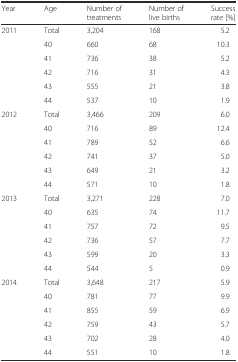
<table><thead><tr><td><b>Year</b></td><td><b>Age</b></td><td><b>Number of treatments</b></td><td><b>Number of live births</b></td><td><b>Success rate [%]</b></td></tr></thead><tbody><tr><td rowspan="6">2011</td><td>Total</td><td>3,204</td><td>168</td><td>5.2</td></tr><tr><td>40</td><td>660</td><td>68</td><td>10.3</td></tr><tr><td>41</td><td>736</td><td>38</td><td>5.2</td></tr><tr><td>42</td><td>716</td><td>31</td><td>4.3</td></tr><tr><td>43</td><td>555</td><td>21</td><td>3.8</td></tr><tr><td>44</td><td>537</td><td>10</td><td>1.9</td></tr><tr><td rowspan="6">2012</td><td>Total</td><td>3,466</td><td>209</td><td>6.0</td></tr><tr><td>40</td><td>716</td><td>89</td><td>12.4</td></tr><tr><td>41</td><td>789</td><td>52</td><td>6.6</td></tr><tr><td>42</td><td>741</td><td>37</td><td>5.0</td></tr><tr><td>43</td><td>649</td><td>21</td><td>3.2</td></tr><tr><td>44</td><td>571</td><td>10</td><td>1.8</td></tr><tr><td rowspan="6">2013</td><td>Total</td><td>3,271</td><td>228</td><td>7.0</td></tr><tr><td>40</td><td>635</td><td>74</td><td>11.7</td></tr><tr><td>41</td><td>757</td><td>72</td><td>9.5</td></tr><tr><td>42</td><td>736</td><td>57</td><td>7.7</td></tr><tr><td>43</td><td>599</td><td>20</td><td>3.3</td></tr><tr><td>44</td><td>544</td><td>5</td><td>0.9</td></tr><tr><td rowspan="6">2014</td><td>Total</td><td>3,648</td><td>217</td><td>5.9</td></tr><tr><td>40</td><td>781</td><td>77</td><td>9.9</td></tr><tr><td>41</td><td>855</td><td>59</td><td>6.9</td></tr><tr><td>42</td><td>759</td><td>43</td><td>5.7</td></tr><tr><td>43</td><td>702</td><td>28</td><td>4.0</td></tr><tr><td>44</td><td>551</td><td>10</td><td>1.8</td></tr></tbody></table>